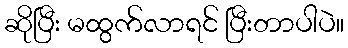
ဆိုပြီး မထွက်လာရင် ပြီးတာပါပဲ။